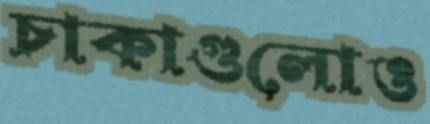
চাকাগুলোও